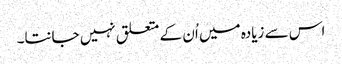
اس سے زیادہ میں اُن کے متعلق نہیں جانتا۔